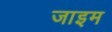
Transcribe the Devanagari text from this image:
जाइम